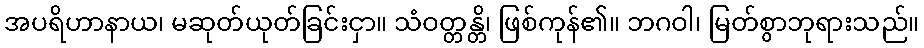
အပရိဟာနာယ၊ မဆုတ်ယုတ်ခြင်းငှာ။ သံဝတ္တန္တိ၊ ဖြစ်ကုန်၏။ ဘဂဝါ၊ မြတ်စွာဘုရားသည်။